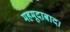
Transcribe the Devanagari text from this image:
महमूदाबाद।